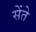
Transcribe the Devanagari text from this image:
सेंते